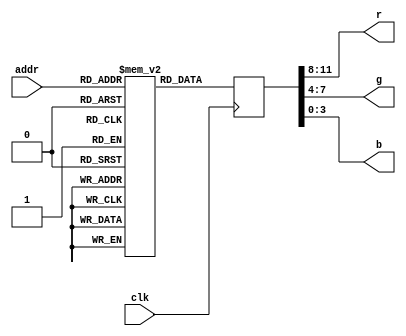
module ram(
	input [18:0] addr,
	input clk,
	output [3:0] r,
	output [3:0] g,
	output [3:0] b
);
	
	(* ram_init_file = "scancode.mif" *) reg [11:0] ram [327679:0];
	reg [11:0] rgb;
	

	always @(posedge clk)
	begin
		rgb <= ram[addr];
	end
	
	assign r = rgb[11:8];
	assign g = rgb[7:4];
	assign b = rgb[3:0];
endmodule